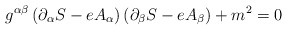
\begin{align*}g^{\alpha \beta }\left( \partial _{\alpha }S-eA_{\alpha }\right) \left(\partial _{\beta }S-eA_{\beta }\right) +m^{2}=0 \end{align*}